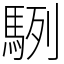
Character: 䮋